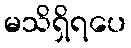
မသိရှိရပေ